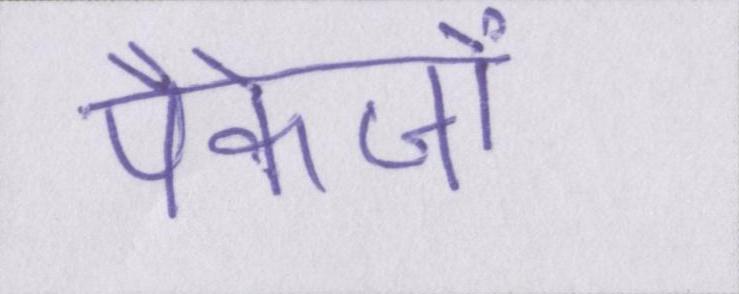
पैकेजों